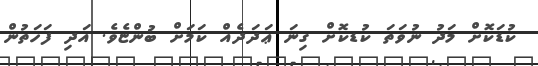
ކުޑަކޮށް މަދު ނުވަތަ ކުޑކޮށް ގިނަ ޢަދަދެއް ކަމަށް ބުންޏެވެ. އަދި ފަހަތުން